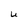
Character: U